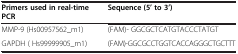
<table><thead><tr><td><b>Primers used in real-time PCR</b></td><td><b>Sequence (5’ to 3’)</b></td></tr></thead><tbody><tr><td>MMP-9 (Hs00957562_m1)</td><td>(FAM)- GGCGCTCATGTACCCTATGT</td></tr><tr><td>GAPDH ( Hs99999905_m1)</td><td>(FAM)-GGCGCCTGGTCACCAGGGCTGCTTT</td></tr></tbody></table>